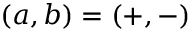
( a , b ) = ( + , - )